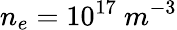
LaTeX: n_{e}=10^{17}\ m^{-3}